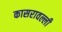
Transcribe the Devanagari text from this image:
कासरावल्ली